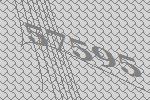
57595